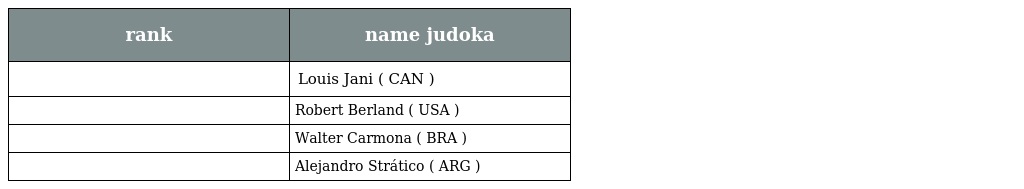
| rank | name judoka |
 | --- | --- |
 |  | Louis Jani ( CAN ) |
 |  | Robert Berland ( USA ) |
 |  | Walter Carmona ( BRA ) |
 |  | Alejandro Strático ( ARG ) |